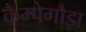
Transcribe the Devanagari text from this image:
कैम्पेगौड़ा